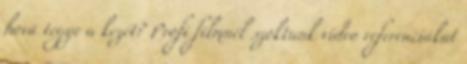
hová tegye a kezét? Profi filmnél szoktunk video referenciákat